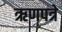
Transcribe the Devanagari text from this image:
ऋणपत्रे